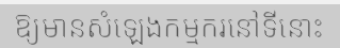
ឱ្យមានសំឡេងកម្មករនៅទីនោះ